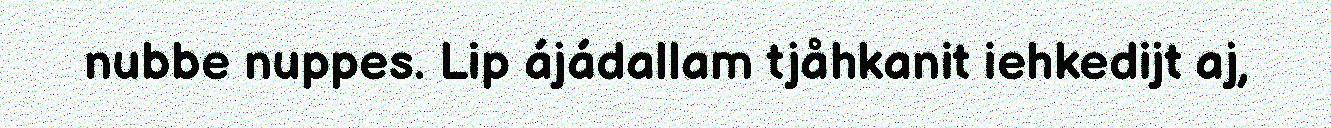
nubbe nuppes. Lip ájádallam tjåhkanit iehkedijt aj,